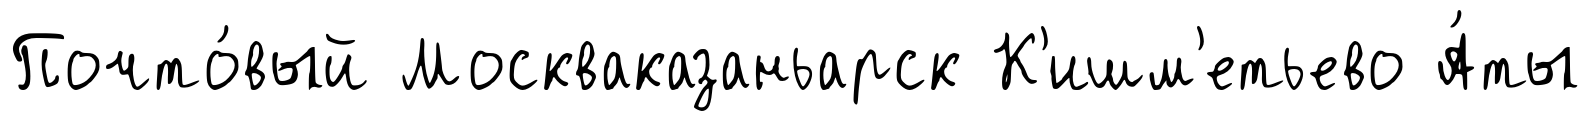
Почто́вый Москваказаньарск К'ишм'етьево А́ты